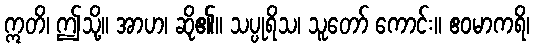
ဣတိ၊ ဤသို့။ အာဟ၊ ဆို၏။ သပ္ပုရိသ၊ သူတော် ကောင်း။ ဧဝမာကရိ၊